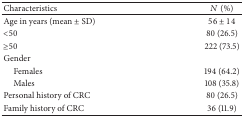
<table><thead><tr><td><b>Characteristics</b></td><td><b><i>N</i> (%)</b></td></tr></thead><tbody><tr><td>Age in years (mean ± SD)</td><td>56 ± 14</td></tr><tr><td>&lt;50</td><td>80 (26.5)</td></tr><tr><td>≥50</td><td>222 (73.5)</td></tr><tr><td>Gender</td><td> </td></tr><tr><td> Females</td><td>194 (64.2)</td></tr><tr><td> Males</td><td>108 (35.8)</td></tr><tr><td>Personal history of CRC</td><td>80 (26.5)</td></tr><tr><td>Family history of CRC </td><td>36 (11.9)</td></tr></tbody></table>